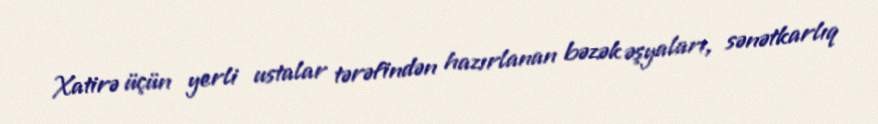
Xatirə üçün yerli ustalar tərəfindən hazırlanan bəzək əşyaları, sənətkarlıq